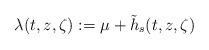
LaTeX: \begin{align*} \lambda(t,z,\zeta) := \mu + \tilde{h}_s(t,z,\zeta) \end{align*}